Indian journal of veterinary science and animal husbandry - Volumes 18-21, 1948-1951
Year: 1948
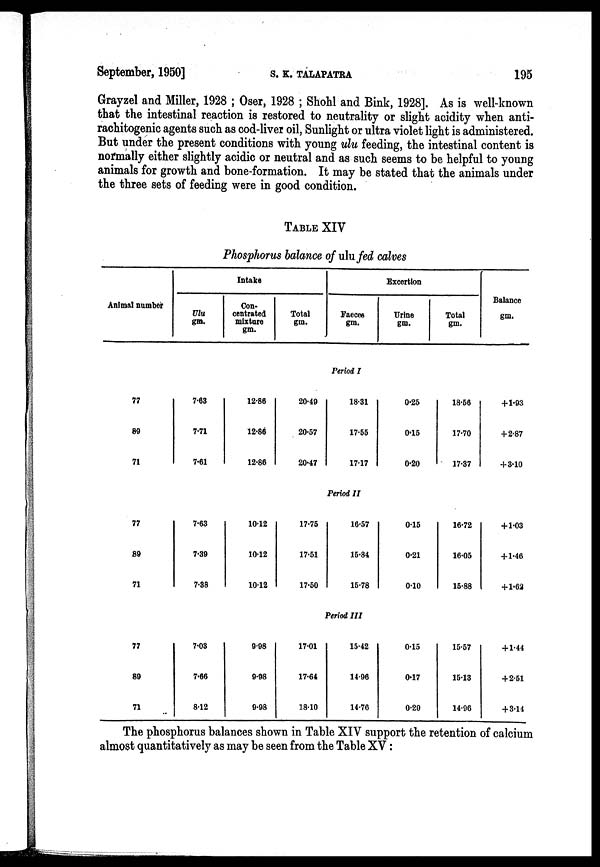
September, 1950]
S.
K.
TALAPATRA
195
Grayzel and Miller, 1928 ; Oser, 1928 ; Shohl and Bink, 1928]. As is well-known
that the intestinal reaction is restored to neutrality or slight acidity when anti-
rachitogenic agents such as cod-liver oil, Sunlight or ultra violet light is administered.
But under the present conditions with young ulu feeding, the intestinal content is
normally either slightly acidic or neutral and as such seems to be helpful to young
animals for growth and bone-formation. It may be stated that the animals under
the three sets of feeding were in good condition.
TABLE XIV
Phosphorus balance of ulu fed calves
Animal number
Intake
Ulu
gm.
Con-
centrated
mixture
gm.
Total
gm.
Excertion
Faeces
gm.
Urine
gm.
Total
gm.
Balance
gm.
Period I
77
89
71
7.63
7.71
7.61
12.86
12.86
12.86
20.49
20.57
20.47
18.31
17.55
17.17
0.25
0.15
0.20
18.56
17.70
17.37
+1.93
+ 2.87
+ 3.10
Period II
77
89
71
7.63
7.39
7.38
10.12
10.12
10.12
17.75
17.51
17.50
16.57
15.84
15.78
0.15
0.21
0.10
16.72
16.05
15.88
+ 1.03
+ 1.46
+ 1.62
Period III
77
80
71
7.03
7.66
8.12
9.98
9.98
9.98
17.01
17.64
18.10
15.42
14.96
14.76
0.15
0.17
0.20
15.57
15.13
14.96
+ 1.44
+ 2.51
+ 3.14
The phosphorus balances shown in Table XIV support the retention of calcium
almost quantitatively as may be seen from the Table XV :